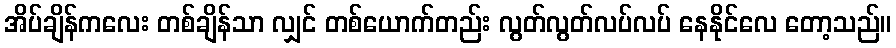
အိပ်ချိန်ကလေး တစ်ချိန်သာ လျှင် တစ်ယောက်တည်း လွတ်လွတ်လပ်လပ် နေနိုင်လေ တော့သည်။